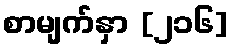
စာမျက်နှာ [၂၁၆]